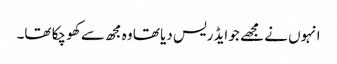
انہوں نے مجھے جو ایڈریس دیا تھا وہ مجھ سے کھو چکا تھا۔